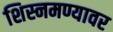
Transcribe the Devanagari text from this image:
शिस्नमण्यावर